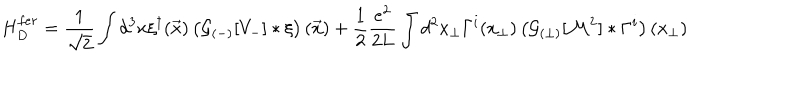
H _ { D } ^ { f e r } = \frac { 1 } { \sqrt { 2 } } \int d ^ { 3 } x \xi ^ { \dagger } ( \vec { x } ) \left( { \cal G } _ { ( - ) } [ V _ { - } ] \ast \xi \right) ( \vec { x } ) + \frac 1 2 \frac { e ^ { 2 } } { 2 L } \int d ^ { 2 } x _ { \perp } \Gamma ^ { i } ( x _ { \perp } ) \left( { \cal G } _ { ( \perp ) } [ { \cal M } ^ { 2 } ] \ast \Gamma ^ { i } \right) ( x _ { \perp } )